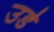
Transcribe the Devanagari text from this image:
उर्ड